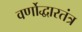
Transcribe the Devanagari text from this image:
वर्णोद्धारतंत्र